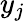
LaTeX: y_{j}